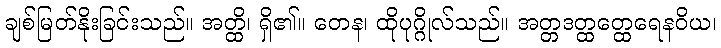
ချစ်မြတ်နိုးခြင်းသည်။ အတ္ထိ၊ ရှိ၏။ တေန၊ ထိုပုဂ္ဂိုလ်သည်။ အတ္တဒတ္ထတ္ထေရေနဝိယ၊